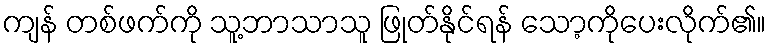
ကျန် တစ်ဖက်ကို သူ့ဘာသာသူ ဖြုတ်နိုင်ရန် သော့ကိုပေးလိုက်၏။